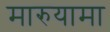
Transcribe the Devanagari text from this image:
मारुयामा